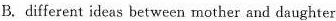
B.different ideas between mother and daughter